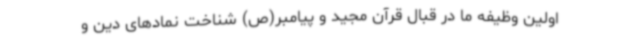
اولین وظیفه ما در قبال قرآن مجید و پیامبر(ص) شناخت نمادهای دین و